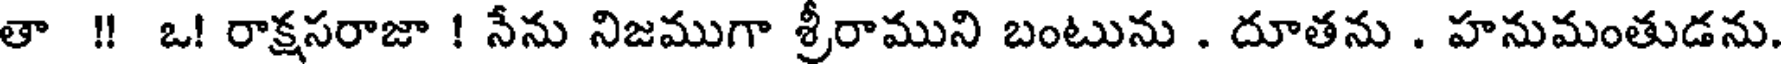
తా !! ఒ! రాక్షసరాజా ! నేను నిజముగా శ్రీరాముని బంటును . దూతను . హనుమంతుడను.